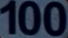
100